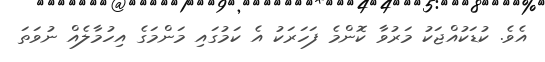
އެވެ. ކުޑަކުއްޖަކު މަރުވާ ކޮންމެ ފަހަރަކު އެ ކަމުގައި މަންމަގެ އިހުމާލެއް ނުވަތަ